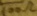
Text: 100Ω